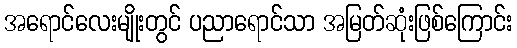
အရောင်လေးမျိုးတွင် ပညာရောင်သာ အမြတ်ဆုံးဖြစ်ကြောင်း